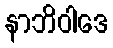
နာဘိဝါဒေ